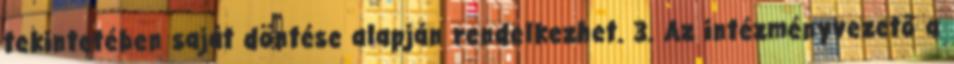
tekintetében saját döntése alapján rendelkezhet. 3. Az intézményvezető a